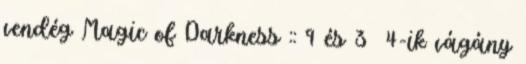
vendég Magic of Darkness :: 9 és 3 4-ik vágány